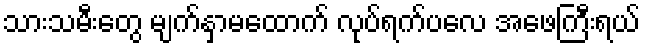
သားသမီးတွေ မျက်နှာမထောက် လုပ်ရက်ပလေ အဖေကြီးရယ်